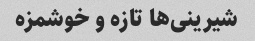
شیرینی‌ها تازه و خوشمزه